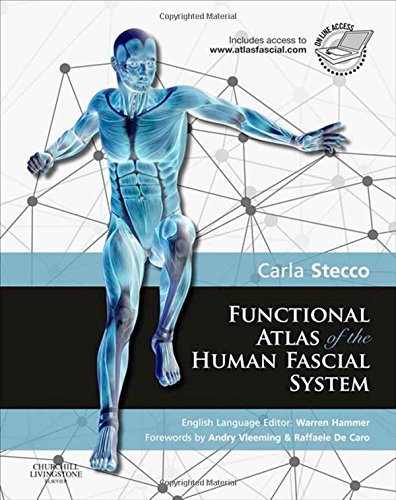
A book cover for Functional Atlas of the Human Fascial System, 1e; Carla Stecco MD; Medical Books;